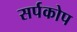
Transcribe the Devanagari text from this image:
सर्पकोप